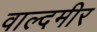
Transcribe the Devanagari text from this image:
वाल्दमीर